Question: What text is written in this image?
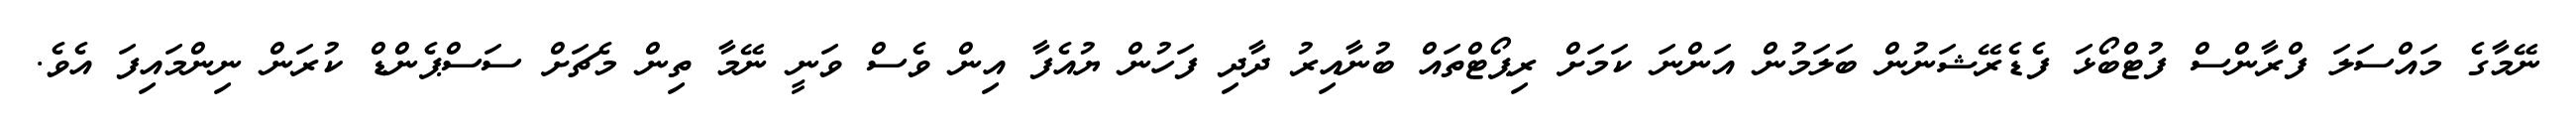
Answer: ނޭމާގެ މައްސަލަ ފްރާންސް ފުޓްބޯޅަ ފެޑެރޭޝަނުން ބަލަމުން އަންނަ ކަމަށް ރިޕޯޓްތައް ބުނާއިރު ދާދި ފަހުން ޔުއެފާ އިން ވެސް ވަނީ ނޭމާ ތިން މެޗަށް ސަސްޕެންޑް ކުރަން ނިންމައިފަ އެވެ.